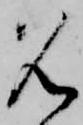
名